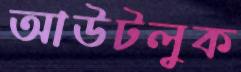
আউটলুক